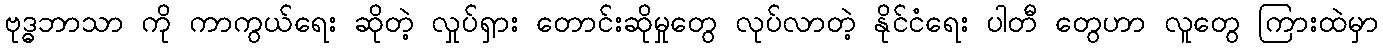
ဗုဒ္ဓဘာသာ ကို ကာကွယ်ရေး ဆိုတဲ့ လှုပ်ရှား တောင်းဆိုမှုတွေ လုပ်လာတဲ့ နိုင်ငံရေး ပါတီ တွေဟာ လူတွေ ကြားထဲမှာ